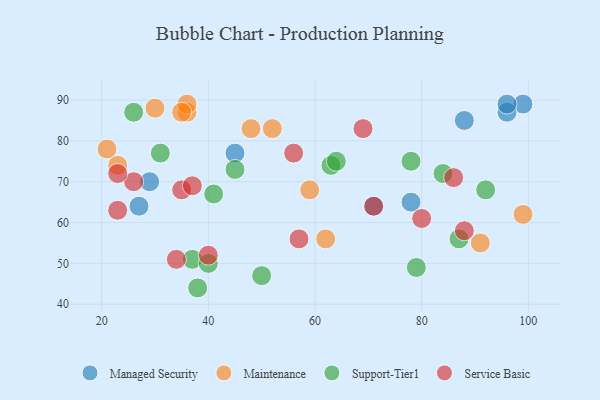
{"axis": {"x": "GDP", "y": "Life Expectancy"}, "legend": ["Maintenance", "Managed Security", "Service Basic", "Support-Tier1"], "data": [{"x": "88", "y": 85, "type": "Managed Security"}, {"x": "99", "y": 89, "type": "Managed Security"}, {"x": "45", "y": 77, "type": "Managed Security"}, {"x": "96", "y": 87, "type": "Managed Security"}, {"x": "71", "y": 64, "type": "Managed Security"}, {"x": "27", "y": 64, "type": "Managed Security"}, {"x": "96", "y": 89, "type": "Managed Security"}, {"x": "78", "y": 65, "type": "Managed Security"}, {"x": "29", "y": 70, "type": "Managed Security"}, {"x": "59", "y": 68, "type": "Maintenance"}, {"x": "62", "y": 56, "type": "Maintenance"}, {"x": "36", "y": 87, "type": "Maintenance"}, {"x": "91", "y": 55, "type": "Maintenance"}, {"x": "36", "y": 89, "type": "Maintenance"}, {"x": "48", "y": 83, "type": "Maintenance"}, {"x": "35", "y": 87, "type": "Maintenance"}, {"x": "21", "y": 78, "type": "Maintenance"}, {"x": "30", "y": 88, "type": "Maintenance"}, {"x": "23", "y": 74, "type": "Maintenance"}, {"x": "99", "y": 62, "type": "Maintenance"}, {"x": "52", "y": 83, "type": "Maintenance"}, {"x": "84", "y": 72, "type": "Support-Tier1"}, {"x": "41", "y": 67, "type": "Support-Tier1"}, {"x": "38", "y": 44, "type": "Support-Tier1"}, {"x": "63", "y": 74, "type": "Support-Tier1"}, {"x": "64", "y": 75, "type": "Support-Tier1"}, {"x": "92", "y": 68, "type": "Support-Tier1"}, {"x": "79", "y": 49, "type": "Support-Tier1"}, {"x": "87", "y": 56, "type": "Support-Tier1"}, {"x": "31", "y": 77, "type": "Support-Tier1"}, {"x": "50", "y": 47, "type": "Support-Tier1"}, {"x": "45", "y": 73, "type": "Support-Tier1"}, {"x": "26", "y": 87, "type": "Support-Tier1"}, {"x": "37", "y": 51, "type": "Support-Tier1"}, {"x": "40", "y": 50, "type": "Support-Tier1"}, {"x": "78", "y": 75, "type": "Support-Tier1"}, {"x": "86", "y": 71, "type": "Service Basic"}, {"x": "80", "y": 61, "type": "Service Basic"}, {"x": "69", "y": 83, "type": "Service Basic"}, {"x": "34", "y": 51, "type": "Service Basic"}, {"x": "88", "y": 58, "type": "Service Basic"}, {"x": "35", "y": 68, "type": "Service Basic"}, {"x": "56", "y": 77, "type": "Service Basic"}, {"x": "26", "y": 70, "type": "Service Basic"}, {"x": "23", "y": 72, "type": "Service Basic"}, {"x": "40", "y": 52, "type": "Service Basic"}, {"x": "37", "y": 69, "type": "Service Basic"}, {"x": "57", "y": 56, "type": "Service Basic"}, {"x": "23", "y": 63, "type": "Service Basic"}, {"x": "71", "y": 64, "type": "Service Basic"}]}